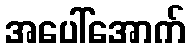
အပေါ်အောက်